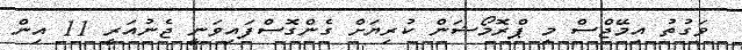
ވަގުތު އިމޭޖްސް މި ޕްރޮމޯޝަން ކުރިޔަށް ގެންގޮސްފައިވަނީ ޖެނުއަރީ 11 އިން